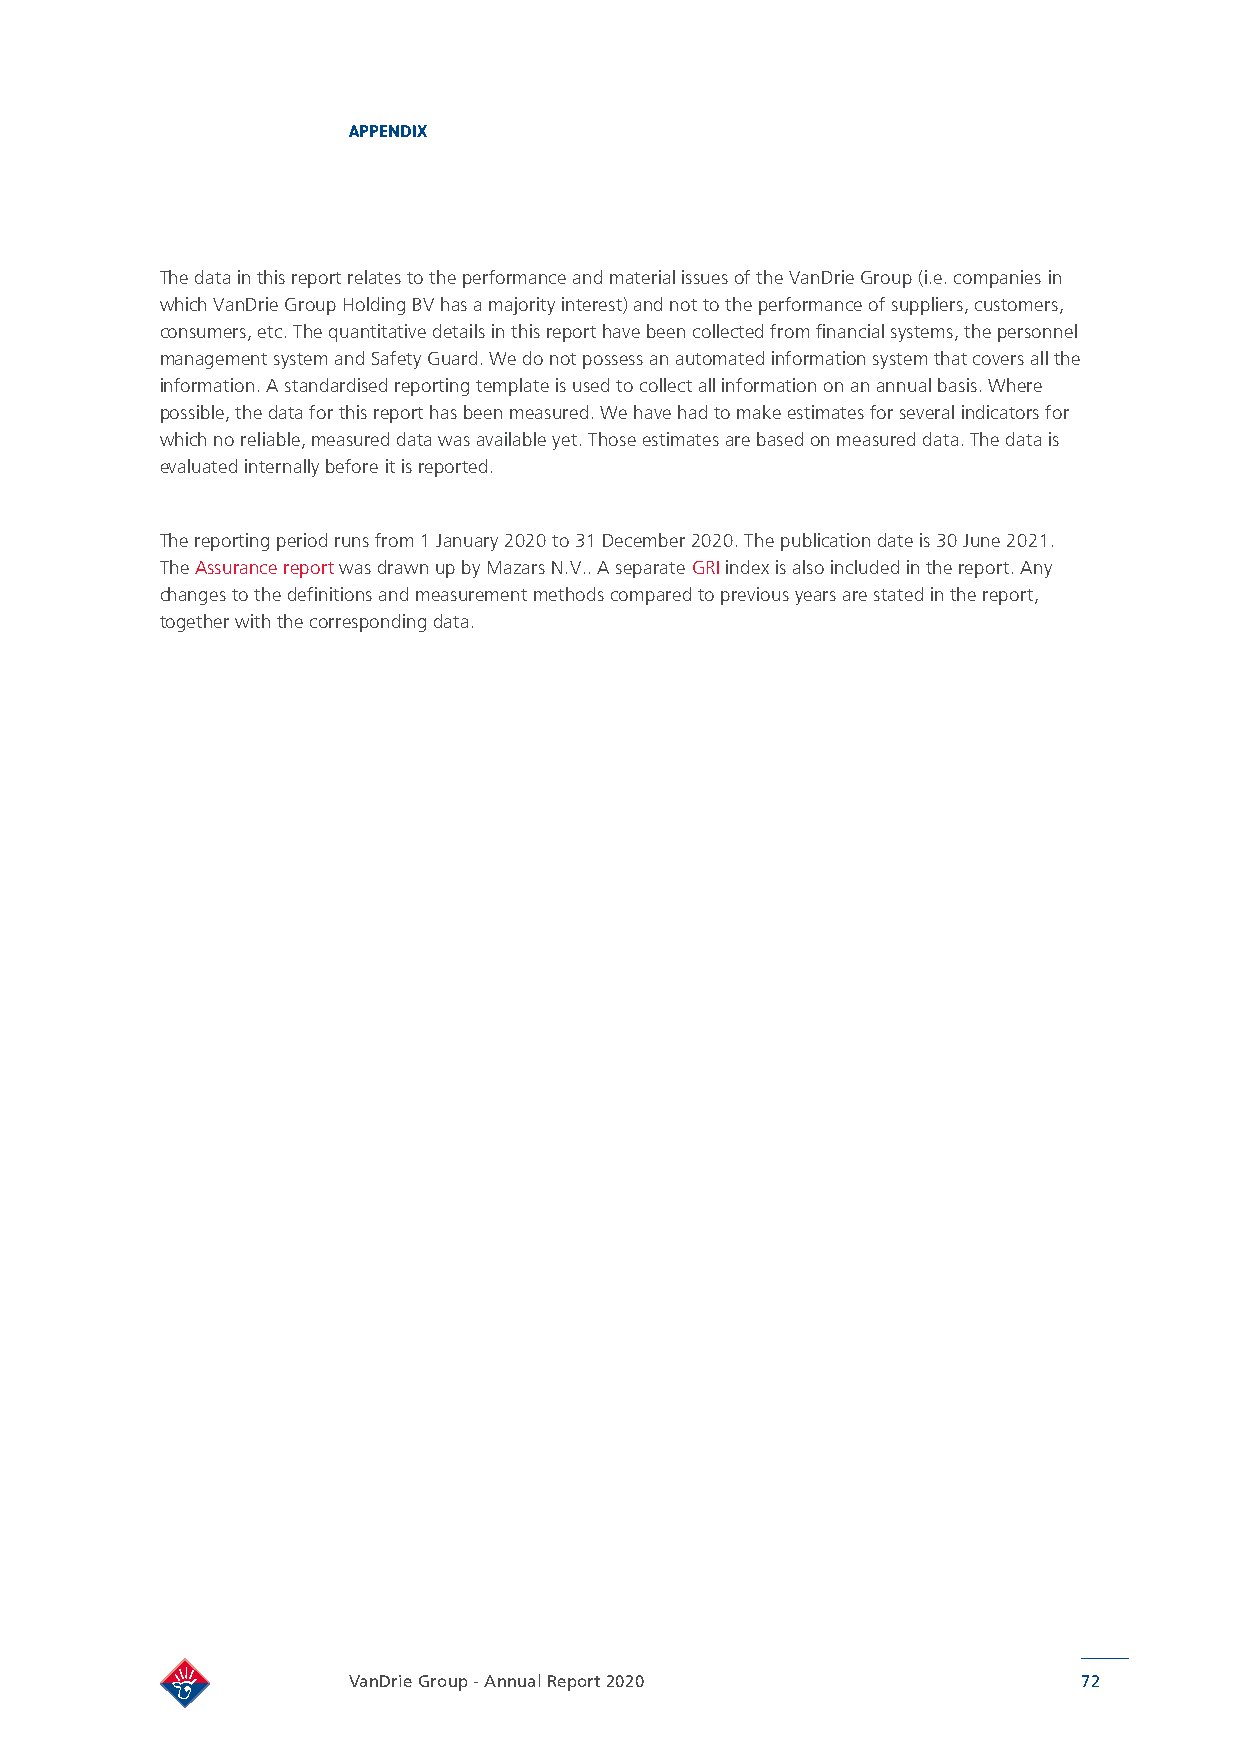
APPENDIX
 The data in this report relates to the performance and material issues of the VanDrie Group (i.e. companies in
 which VanDrie Group Holding BV has a majority interest) and not to the performance of suppliers, customers,
 consumers, etc. The quantitative details in this report have been collected from financial systems, the personnel
 management system and Safety Guard. We do not possess an automated information system that covers all the
 information. A standardised reporting template is used to collect all information on an annual basis. Where
 possible, the data for this report has been measured. We have had to make estimates for several indicators for
 which no reliable, measured data was available yet. Those estimates are based on measured data. The data is
 evaluated internally before it is reported.
 The reporting period runs from 1 January 2020 to 31 December 2020. The publication date is 30 June 2021.
 The Assurance report was drawn up by Mazars N.V.. A separate GRI index is also included in the report. Any
 changes to the definitions and measurement methods compared to previous years are stated in the report,
 together with the corresponding data.
 VanDrie Group - Annual Report 2020               72